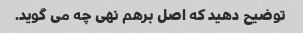
توضیح دهید که اصل برهم نهی چه می گوید.